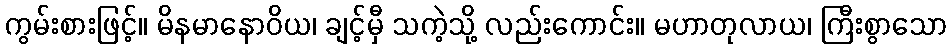
ကွမ်းစားဖြင့်။ မိနမာနောဝိယ၊ ချင့်မှီ သကဲ့သို့ လည်းကောင်း။ မဟာတုလာယ၊ ကြီးစွာသော